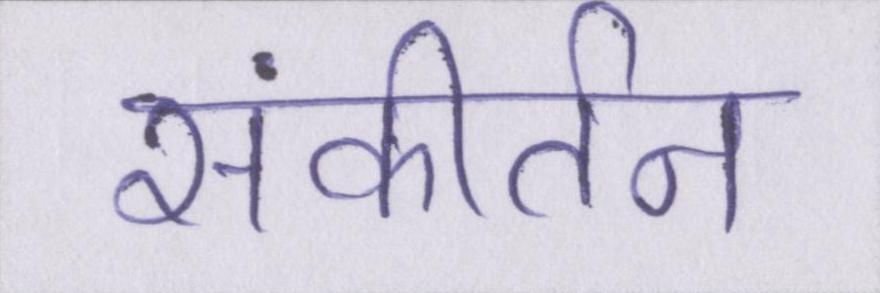
संकीर्तन